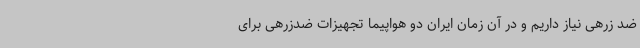
ضد زرهی نیاز داریم و در آن زمان ایران دو هواپیما تجهیزات ضدزرهی برای